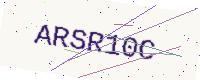
Text: ARSR10C